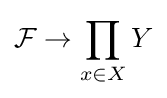
{\mathcal {F}}\to \prod _{x\in X}Y